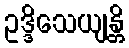
ဥဒ္ဒိသေယျန္တိ